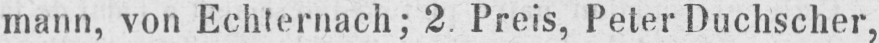
mann, von Echternach; 2. Preis, Peter Duchscher,